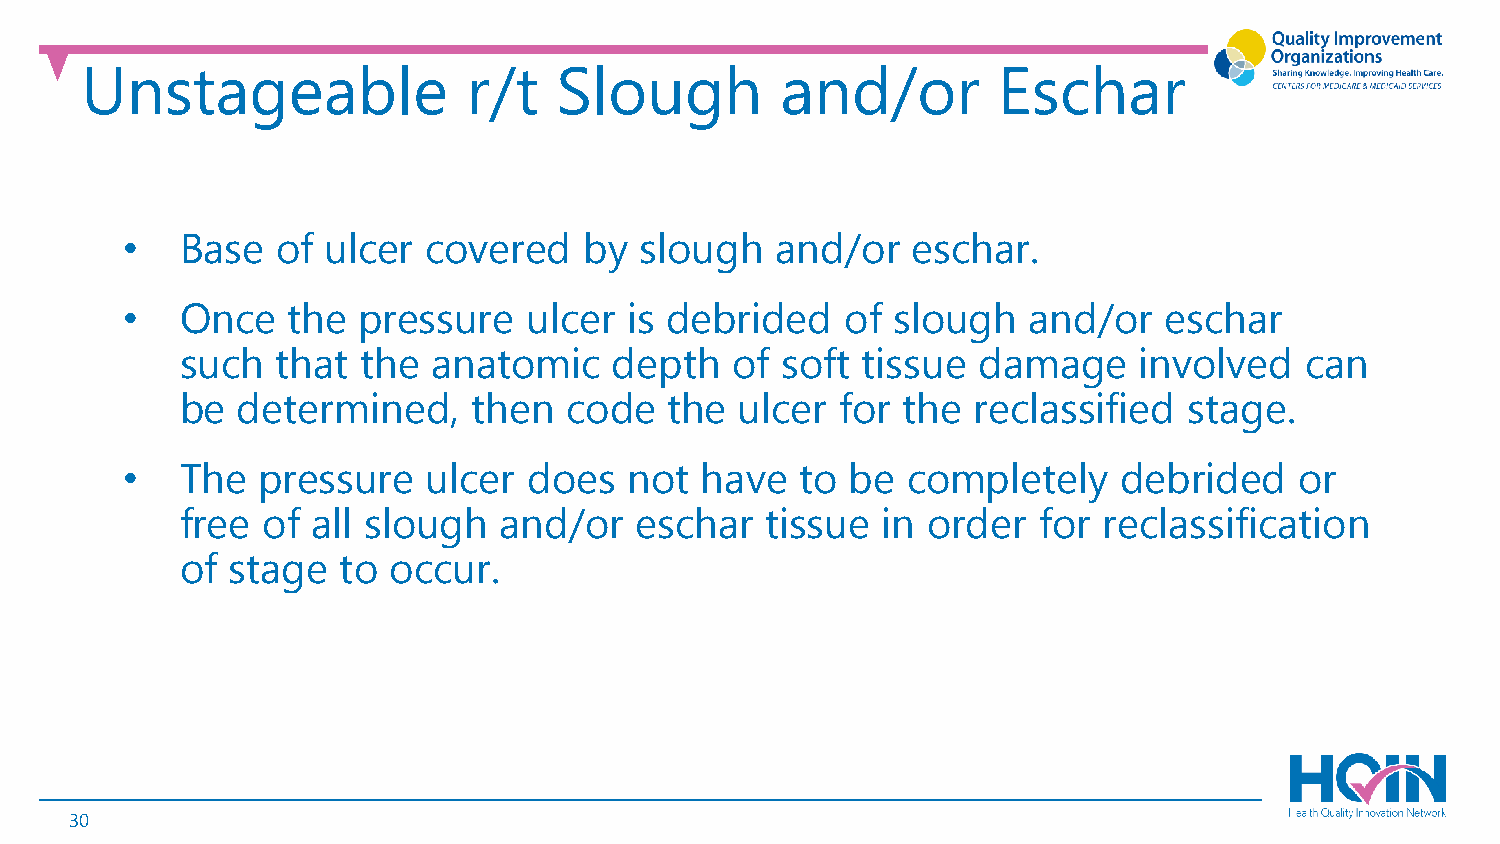
Unstageable               r/t   Slough         and/or        Eschar
 •   Base  of ulcer  covered    by slough   and/or   eschar.
 •   Once   the  pressure   ulcer  is debrided   of slough   and/or   eschar
 such  that  the  anatomic    depth  of  soft tissue  damage    involved   can
 be  determined,    then  code   the  ulcer  for the reclassified   stage.
 •   The  pressure   ulcer  does   not have   to be  completely    debrided    or
 free of  all slough  and/or   eschar   tissue in order   for reclassification
 of stage  to  occur.
 30